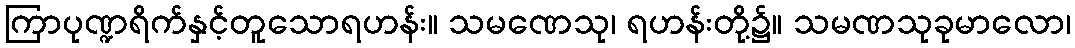
ကြာပုဏ္ဍရိက်နှင့်တူသောရဟန်း။ သမဏေသု၊ ရဟန်းတို့၌။ သမဏသုခုမာလော၊